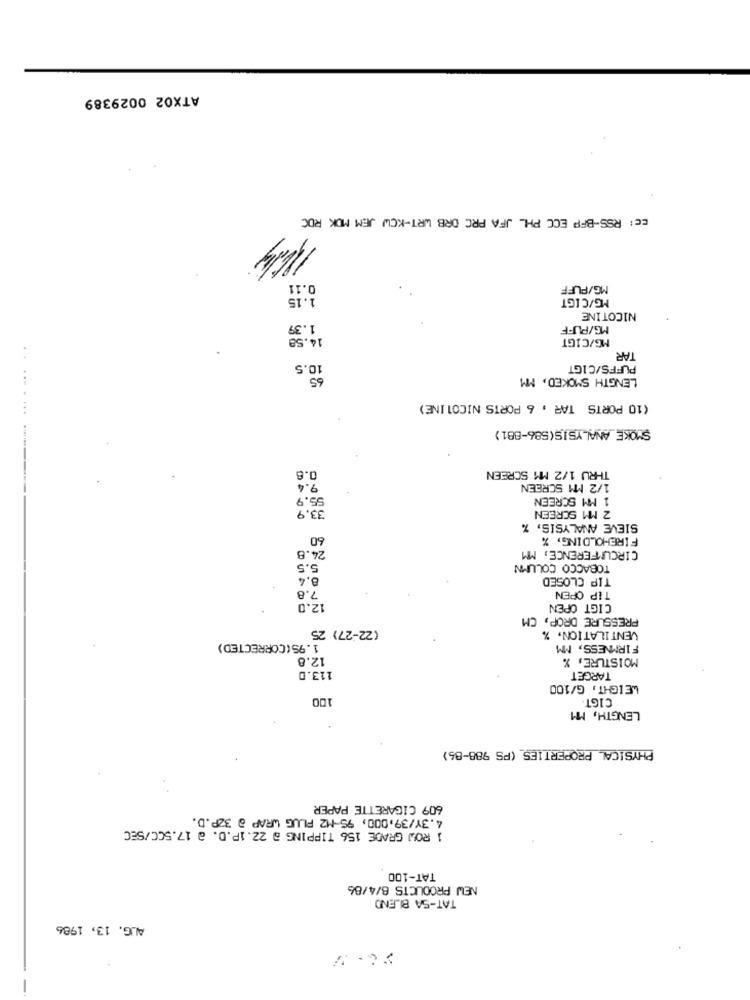
ATX02 0029389
EC: RSS-BFP ECC PH_ JFA PRC ORB WRT-KOW JEM MOK ROC
0.11
MG/PUFF
1.15
MG/CIGT
NICOTINE
1.39
MG/PUFF
14.58
MG/CIGT
TAR
10.5
PUFFS/CIGT
65
LENGTH SMOKED, MM
(10 PORTS TAR , 6 PORTS NICOTINE)
SMOKE ANALYSIS(586-881)
........ -
THRU 1/2 MM SCREEN
0.8
9.4
1/2 MM SCREEN
55.9
1 MM SCREEN
33.9
2 MM SCREEN
SIEVE ANALYSIS, %
60
FIREHOLDING, %
24.8
CIRCUMFERENCE, MM
5.5
TOBACCO COLUMN
8.4
TIP CLOSED
7.8
TIP OPEN
12.0
CIGT OPEN
PRESSURE DROP, CM
(22-27) 25
VENTILATION, %
1.95(CORRECTED)
FIRMNESS, MM
12.8
MOISTURE, %
113.0
TARGET
WEIGHT, G/100
100
CIGT.
LENGTH, MM
PHYSICAL PROPERTIES (PS 988-85)
609 CIGARETTE PAPER
4.3Y/39,000, 95-M2 PLUG WRAP @ 32P.D.
1 ROW GRADE 156 TIPPING @ 22.1P.D. @ 17.5CC/SEC
TAT-100
NEW PRODUCTS 8/4/86
TAT-SA BLEND
AUG. 13, 1986
E . V